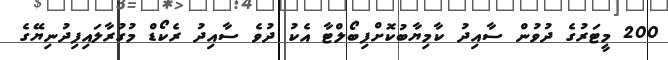
200 މީޓަރުގެ ދުވުން ސާއިދު ކާމިޔާބުކޮށްފިބޯލްޓާ އެކު ދުވެ ސާއިދު ރެކޯޑް މުުގުރާލައިފިދުނިޔޭގެ